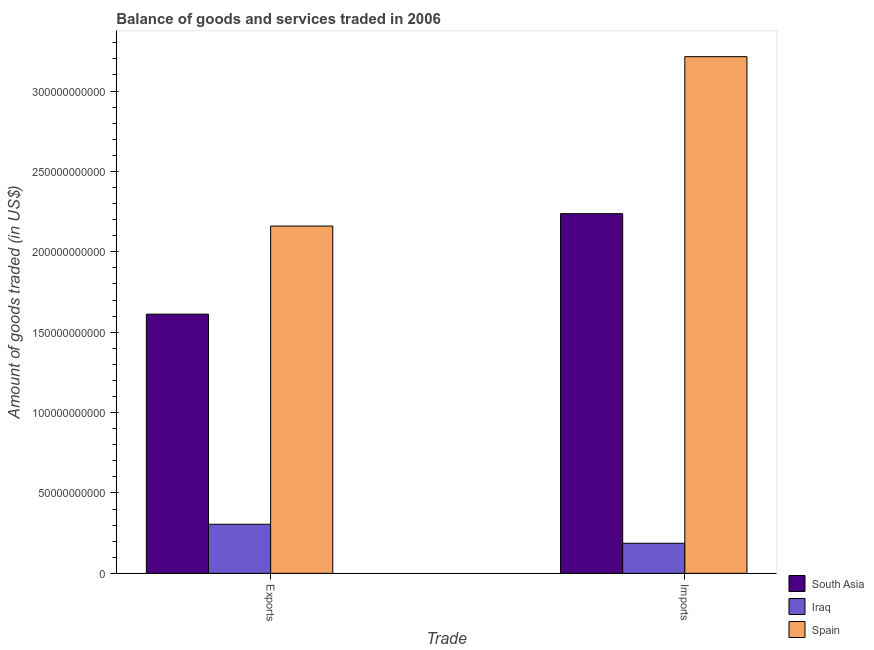
| Trade | South Asia | Iraq | Spain |
 | --- | --- | --- | --- |
 | Exports | 1.61e+11 | 3.05e+10 | 2.16e+11 |
 | Imports | 2.24e+11 | 1.87e+10 | 3.21e+11 |